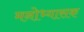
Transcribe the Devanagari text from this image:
मनोभ्यासक